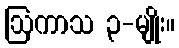
ဩကာသ ၃-မျိုး။